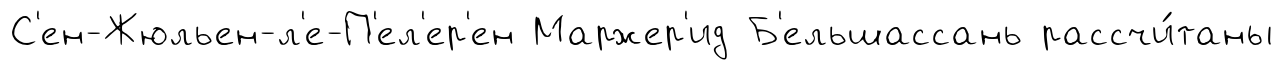
С'ен-Жюльен-л'е-П'ел'ер'ен Маржер'ид Б'ельшассань рассчи́таны